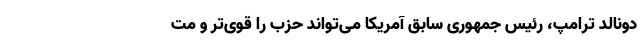
دونالد ترامپ، رئیس جمهوری سابق آمریکا می‌تواند حزب را قوی‌تر و مت